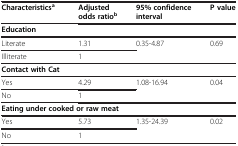
<table><thead><tr><td><b>Characteristics<sup>a</sup></b></td><td><b>Adjusted odds ratio<sup>b</sup></b></td><td><b>95% confidence interval</b></td><td><b>P value</b></td></tr></thead><tbody><tr><td><b>Education</b></td><td> </td><td> </td><td> </td></tr><tr><td>Literate</td><td>1.31</td><td>0.35-4.87</td><td>0.69</td></tr><tr><td>Illiterate</td><td>1</td><td> </td><td> </td></tr><tr><td><b>Contact with Cat</b></td><td> </td><td> </td><td> </td></tr><tr><td>Yes</td><td>4.29</td><td>1.08-16.94</td><td>0.04</td></tr><tr><td>No</td><td>1</td><td> </td><td> </td></tr><tr><td colspan="4"><b>Eating under cooked or raw meat</b></td></tr><tr><td>Yes</td><td>5.73</td><td>1.35-24.39</td><td>0.02</td></tr><tr><td>No</td><td>1</td><td> </td><td> </td></tr></tbody></table>